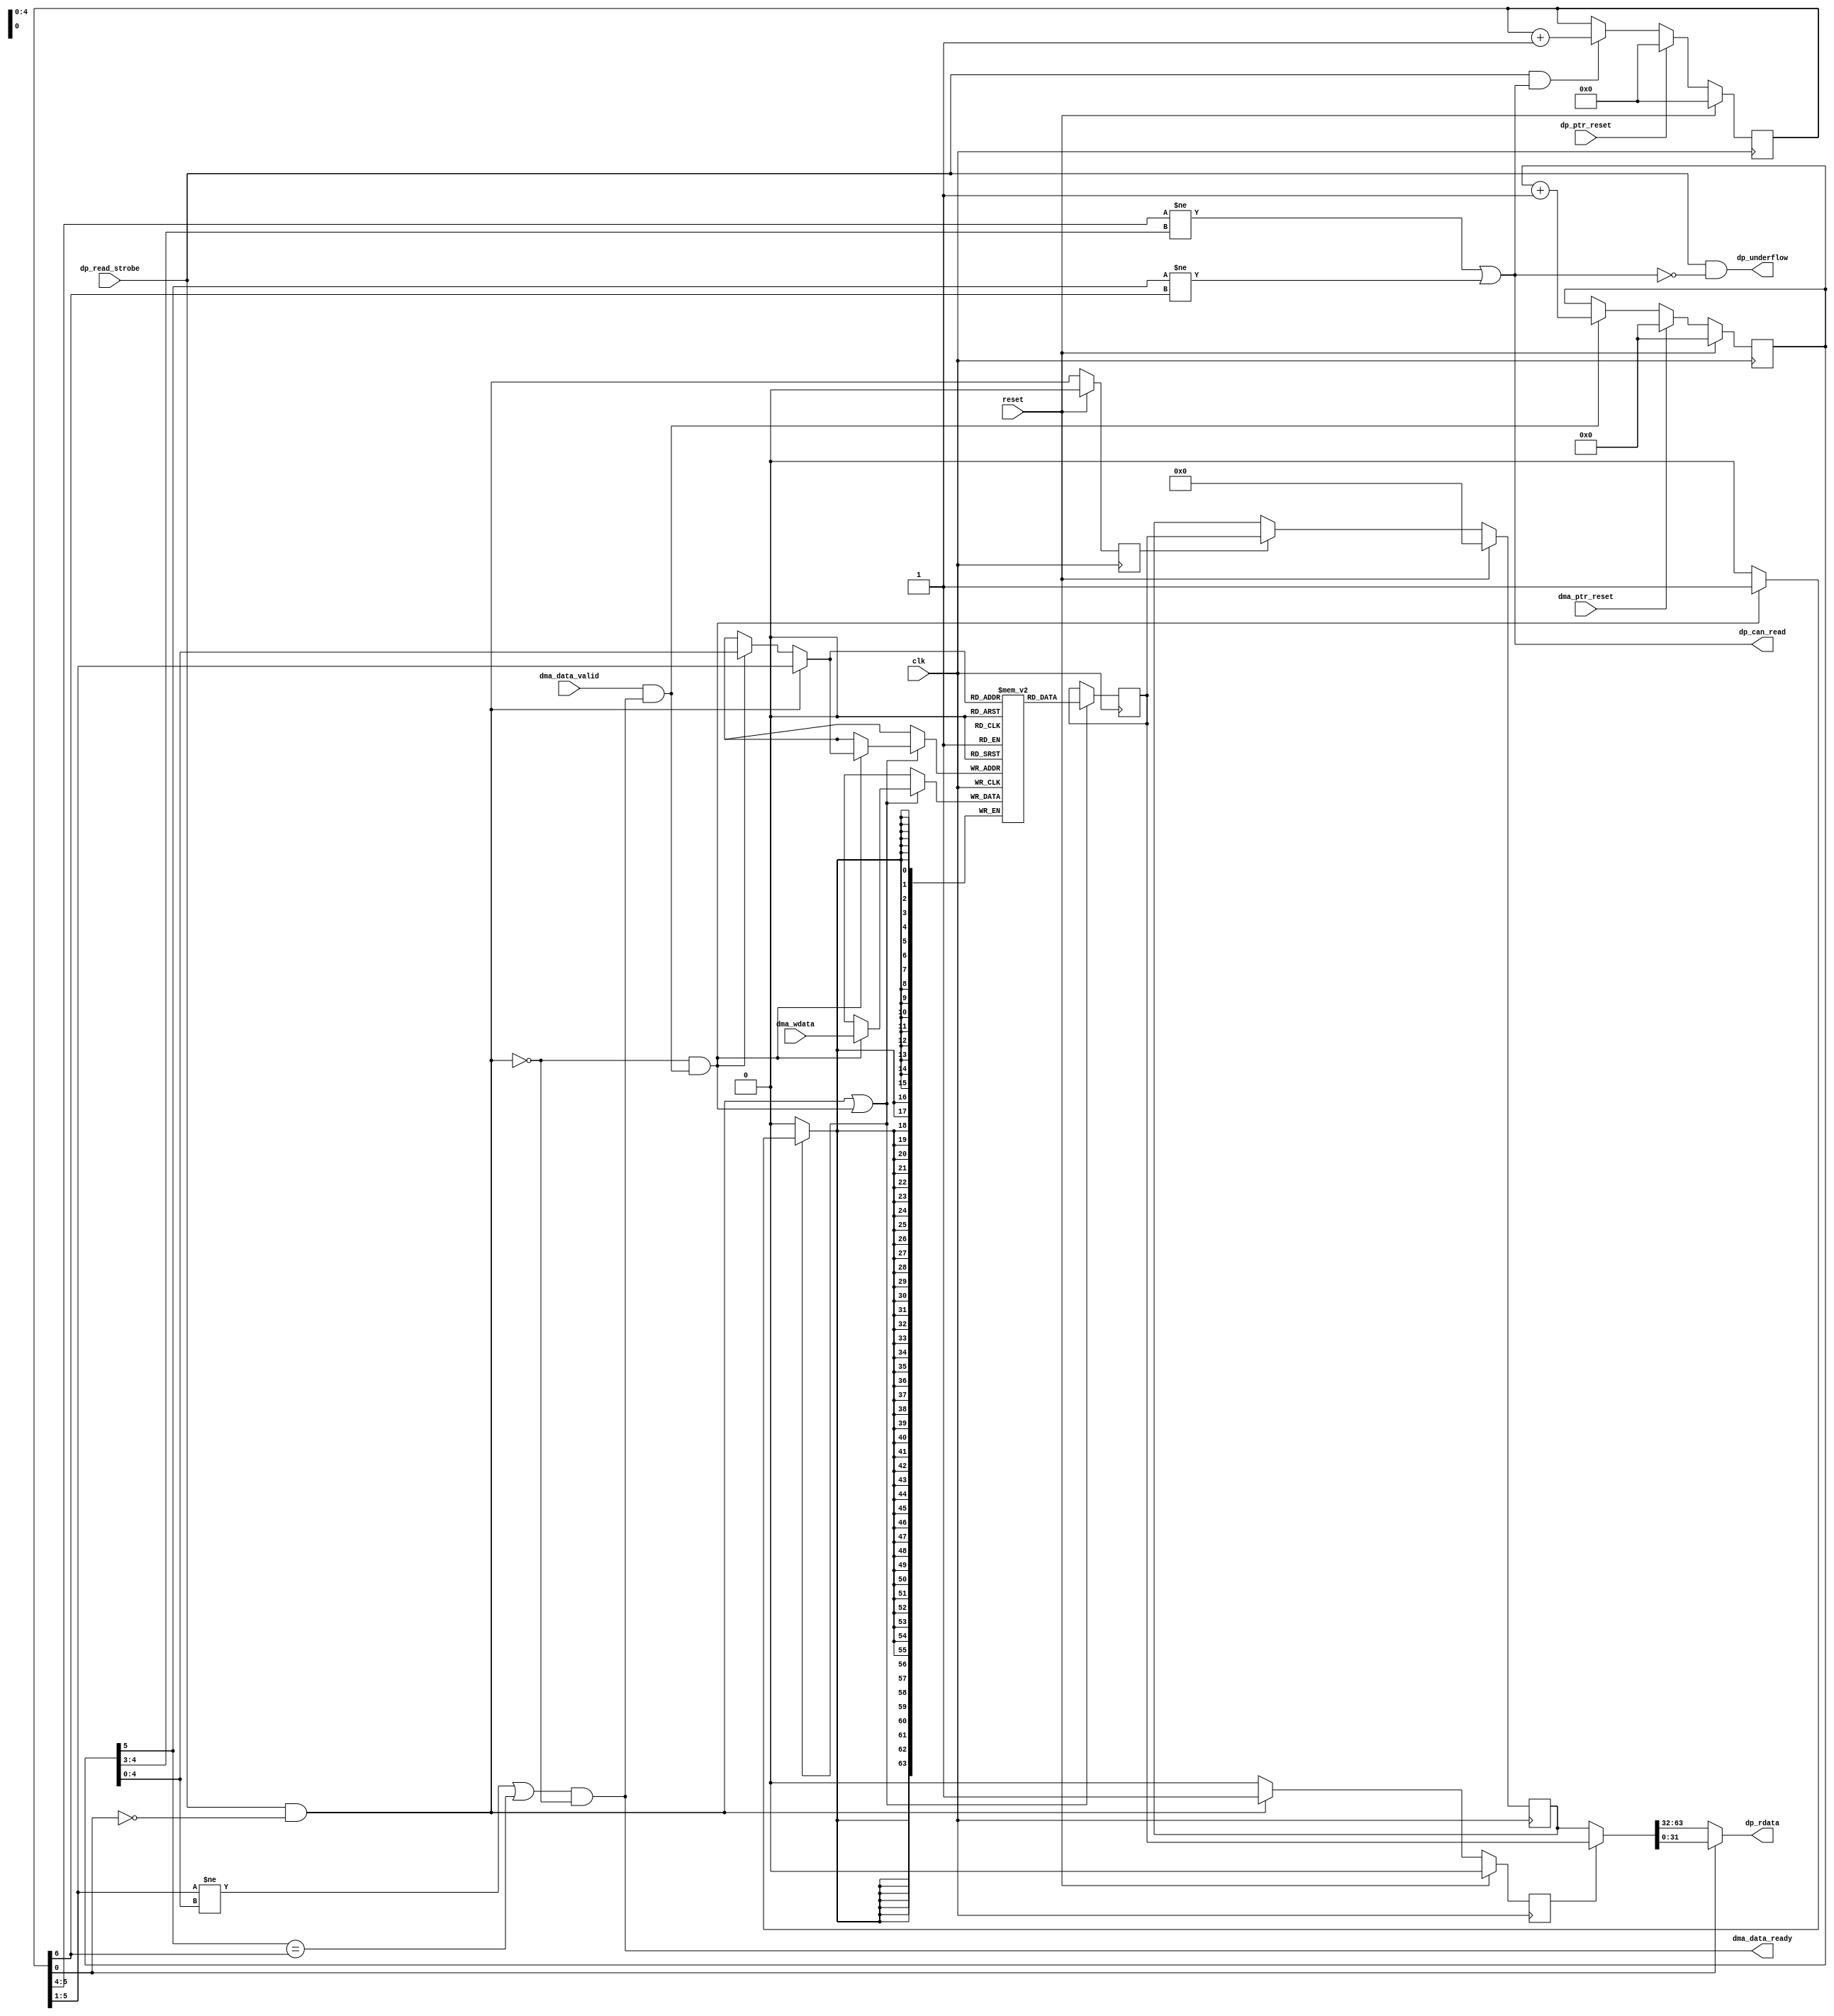
/* sd_dma_tx_fifo: SD host interface TX FIFO
 *
 * Wrap up some fiddly buffering duties:  provide FIFO buffering from
 * 64-bit (MIC) DMA read path to 32-bit data TX path.
 *
 * Have decided to do this separately to the RX path/FIFO, with small
 * memory/FIFO sizes (instead of trying to share a BRAM).  A huge amount
 * of buffering is not required (likely 128-256B is sufficient) and KISS.
 *
 * The TX DP can't be halted once it starts (once it's told dp_can_read),
 * so any cycle asserting dp_read_strobe gets the memory port/address.
 * In such a cycle, if DMA is attempting to write, dma_data_ready=0 (which
 * stalls MIC, which is OK).  This means FIFO mem doesn't have to be
 * true dual-ported, giving the compiler better choice of its implementation.
 *
 * The FIFO operates on "chunks" (say 64 bytes) though its contents are
 * tracked at the dword level.  This allows (at least) one chunk to be
 * entirely buffered before we flag the FIFO as readable for the DP (which
 * will plough on), giving some time to be buffering the next.  It's
 * just one way to do a low/high water mark.
 *
 * ME 6 April 2022
 *
 * Copyright 2022 Matt Evans
 * SPDX-License-Identifier: Apache-2.0 WITH SHL-2.1
 *
 * Licensed under the Solderpad Hardware License v 2.1 (the License); you may
 * not use this file except in compliance with the License, or, at your option,
 * the Apache License version 2.0. You may obtain a copy of the License at
 *
 *  https://solderpad.org/licenses/SHL-2.1/
 *
 * Unless required by applicable law or agreed to in writing, any work
 * distributed under the License is distributed on an AS IS BASIS, WITHOUT
 * WARRANTIES OR CONDITIONS OF ANY KIND, either express or implied. See the
 * License for the specific language governing permissions and limitations
 * under the License.
 */

module sd_dma_tx_fifo(input wire         clk,
                      input wire         reset,

                      input wire         dp_ptr_reset,
                      input wire         dp_read_strobe, /* Only valid if dp_can_read! */
                      output wire [31:0] dp_rdata,
                      output wire        dp_can_read,    /* A chunk can be read */
                      output wire        dp_underflow,

                      input wire         dma_ptr_reset,
                      input wire         dma_data_valid,
                      output wire        dma_data_ready,
                      input wire [63:0]  dma_wdata
                      );

   parameter DMA_CHUNK_L2 = 3;                  // 2**3=8x64b = one "chunk" of 64 bytes
   parameter NUM_CHUNKS_L2 = 2;
   parameter FIFO_SIZE_L2 = (DMA_CHUNK_L2+NUM_CHUNKS_L2);

   ////////////////////////////////////////////////////////////////////////////////
   // FIFO storage

   reg [63:0]                   buffer_mem[(1 << FIFO_SIZE_L2)-1:0];

   wire [FIFO_SIZE_L2-1:0]      ram_addr;
   wire [63:0]                  ram_wr_data;
   reg [63:0]                   ram_rd_data;
   wire                         ram_EN;
   wire                         ram_WE;

   /* NOTE: The following RAM idiom is slightly annoying because the read enable
    * is not independent of the write enable.  It would be preferable to have
    * a read enable, holding the output data stable (to be consumed at leisure
    * of the downstream component).  However, ISE enjoys wasting integer days
    * of my time by quietly creating ROMs instead of RAMs (with independent RD
    * strobe, for sure).  This idiom is an attempt to avoid this sadness,
    * at the expense of having to manually capture/hold the output value (see
    * held_ram_data).
    */
   always @ (posedge clk) begin
      if (ram_EN) begin
         if (ram_WE) begin
            buffer_mem[ram_addr][63:0] <= ram_wr_data[63:0];
         end
         ram_rd_data[63:0] <= buffer_mem[ram_addr][63:0];
      end
   end

   wire [FIFO_SIZE_L2-1:0]      dp_read_addr;
   wire                         dp_read_req;
   wire [FIFO_SIZE_L2-1:0]      dma_write_addr;
   wire                         dma_write_req;

   // FIFO storage access arbiter
   wire                         do_ram_read  = dp_read_req;
   wire                         do_ram_write = !dp_read_req && dma_write_req;
   assign ram_EN                             = do_ram_read | do_ram_write;
   assign ram_WE                             = do_ram_write;
   assign ram_addr                           = do_ram_read ? dp_read_addr :
                                               do_ram_write ? dma_write_addr :
                                               {FIFO_SIZE_L2{1'bx}};


   ////////////////////////////////////////////////////////////////////////////////
   // FIFO -> Datapath

   // Using port A, read data from the buffer -- downsizing 64 to 32
   reg [FIFO_SIZE_L2+1:0]               dp_idx;         /* One extra bit of index for word count */
   wire                                 dp_wrap         = dp_idx[FIFO_SIZE_L2+1];
   wire [FIFO_SIZE_L2-1:0]              dp_fifo_ptr     = dp_idx[FIFO_SIZE_L2:1];
   wire [FIFO_SIZE_L2-DMA_CHUNK_L2-1:0] dp_chunk        = dp_fifo_ptr[FIFO_SIZE_L2-1:DMA_CHUNK_L2];
   reg [63:0]                           dp_output_capture;
   reg                                  dp_output_select;
   reg                                  dp_read_req_last;
   wire [63:0]                          held_ram_data;

   /* The RAM output will change when a write cycle occurs, due to the nature
    * of the enable/write-strobe.  In the cycle after the read (when the
    * RAM output is correct) we use the value directly whilst we capture it
    * for use in future cycles.
    */
   assign held_ram_data = dp_output_select ? ram_rd_data : dp_output_capture;
   assign dp_underflow  = dp_read_strobe && !dp_can_read;
   /* dp_idx will be "one on" at the time data is read, i.e. it points to
    * next read address.  So, when odd, output low word.
    */
   assign dp_rdata      = !dp_idx[0] ? held_ram_data[63:32] : held_ram_data[31:0];

   always @(posedge clk) begin
      if (dp_ptr_reset) begin
         dp_idx <= 0;
      end else if (dp_read_strobe && dp_can_read) begin
         dp_idx <= dp_idx + 1;
      end
      /* Hmm, if !can_read and a strobe, something's failed.
       * dp_underflow indicates this.
       */
      if (dp_read_req) begin
         dp_output_select <= 1;
      end else begin
         dp_output_select <= 0;
      end

      dp_read_req_last <= dp_read_req;

      if (dp_read_req_last)
        dp_output_capture <= ram_rd_data;

      if (reset) begin
         dp_idx            <= 0;
         dp_output_select  <= 0;
         dp_output_capture <= 0;
         dp_read_req_last  <= 0;
     end
   end

   assign dp_read_addr  = dp_fifo_ptr;
   assign dp_read_req   = dp_read_strobe && !dp_idx[0]; /* New read on even indices */


   ////////////////////////////////////////////////////////////////////////////////
   // DMA -> FIFO

   reg [FIFO_SIZE_L2:0]                 dma_idx;
   wire                                 dma_wrap     = dma_idx[FIFO_SIZE_L2];
   wire [FIFO_SIZE_L2-1:0]              dma_fifo_ptr = dma_idx[FIFO_SIZE_L2-1:0];
   wire [FIFO_SIZE_L2-DMA_CHUNK_L2-1:0] dma_chunk    = dma_fifo_ptr[FIFO_SIZE_L2-1:3];

   always @(posedge clk) begin
      if (dma_ptr_reset) begin
         dma_idx <= 0;
      end else if (dma_write_req) begin
         dma_idx <= dma_idx + 1;
      end

      if (reset) begin
         dma_idx <= 0;
      end
   end

   wire can_write_dma;
   /* This will put backpressure onto MIC if this cycle happens to compete with
    * the DP read port (which will win):
    */
   assign dma_data_ready        = can_write_dma && !dp_read_req;
   assign dma_write_req         = dma_data_valid && dma_data_ready;
   assign dma_write_addr        = dma_fifo_ptr;
   assign ram_wr_data           = dma_wdata;


   ////////////////////////////////////////////////////////////////////////////////
   // FIFO status

   /* Read if there is at least one *chunk* ready.  (Empty if R==W and wrap bits same.) */
   assign dp_can_read  = (dp_chunk != dma_chunk) || (dma_wrap != dp_wrap);
   /* Can write if not full.  (Full if R==W and wrap bits differ.)
    *
    * Choice of when to signal can_write_dma:
    * Could choose to compare chunks, but actually a DMA *beat*
    * can be written if dma_fifo_ptr != dp_fifo_ptr || dma_wrap == dp_wrap.
    * In the former, flow control happens at the chunk level, but dword is better.
    */
   assign can_write_dma = (dp_fifo_ptr != dma_fifo_ptr) || (dma_wrap == dp_wrap);

endmodule // sd_dma_fifo